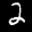
Label: 2